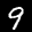
Label: 9